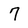
Character: 7